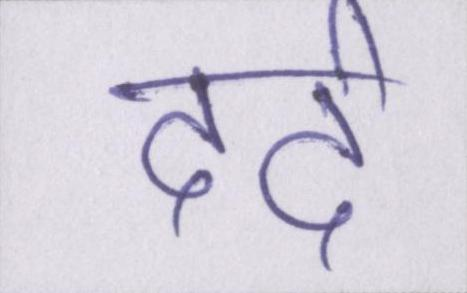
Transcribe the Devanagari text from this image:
दर्द